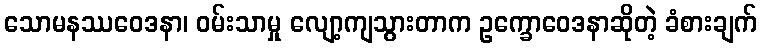
သောမနဿဝေဒနာ၊ ဝမ်းသာမှု လျော့ကျသွားတာက ဥက္ခောဝေဒနာဆိုတဲ့ ခံစားချက်